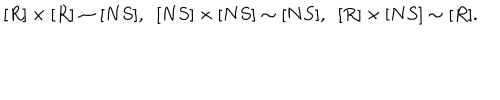
[ R ] \times [ R ] \sim [ N S ] , \ \ [ N S ] \times [ N S ] \sim [ N S ] , \ \ [ R ] \times [ N S ] \sim [ R ] .